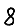
Digit: 8